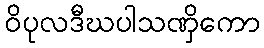
ဝိပုလဒီဃပါသဏှိကော